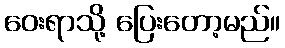
ဝေးရာသို့ ပြေးတော့မည်။